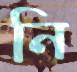
নি